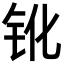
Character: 𨱂